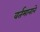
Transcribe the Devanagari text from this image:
वर्तमानाने